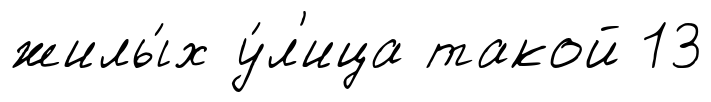
жилы́х у́л'ица такой 13